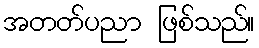
အတတ်ပညာ ဖြစ်သည်။